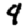
Digit: 4